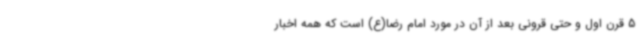
5 قرن اول و حتی قرونی بعد از آن در مورد امام رضا(ع) است که همه اخبار